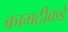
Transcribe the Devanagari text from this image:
कामठीकडे